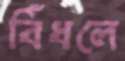
বিঁধলে